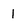
Character: 1